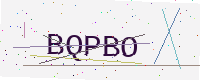
Text: BQPBO